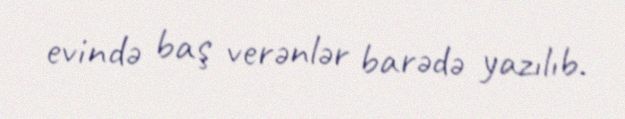
evində baş verənlər barədə yazılıb.